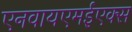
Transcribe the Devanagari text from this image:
एनवायएमईएक्स